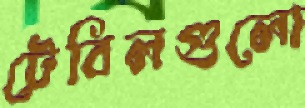
টেবিলগুলো